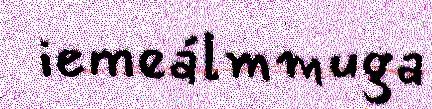
iemeálmmuga